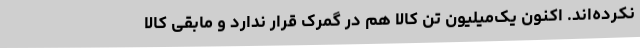
نکرده‌اند. اکنون یک‌میلیون تن کالا هم در گمرک قرار ندارد و مابقی کالا